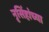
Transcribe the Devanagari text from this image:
नृसिंहांंच्या